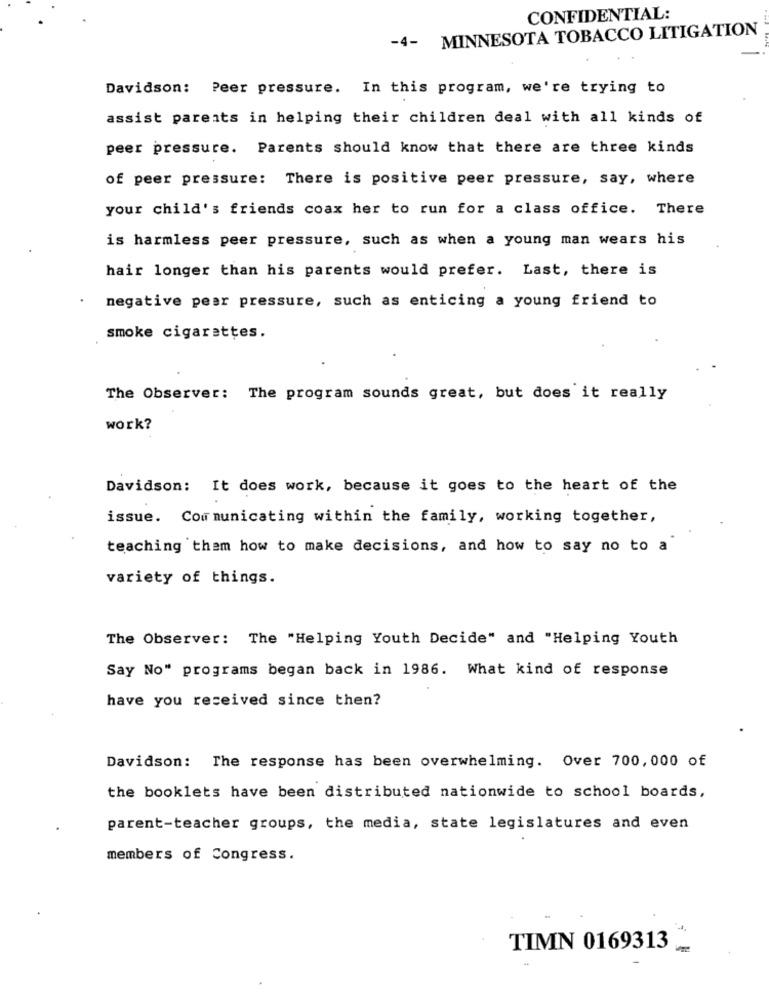
CONFIDENTIAL:
-4- MINNESOTA TOBACCO LITIGATION
Davidson: Peer pressure. In this program, we're trying to
assist parents in helping their children deal with all kinds of
peer pressure. Parents should know that there are three kinds
of peer pressure: There is positive peer pressure, say, where
your child's friends coax her to run for a class office. There
is harmless peer pressure, such as when a young man wears his
hair longer than his parents would prefer. Last, there is
negative peer pressure, such as enticing a young friend to
smoke cigarettes.
The Observer: The program sounds great, but does it really
work?
Davidson: It does work, because it goes to the heart of the
issue. Communicating within the family, working together,
teaching them how to make decisions, and how to say no to a
variety of things.
The Observer: The "Helping Youth Decide" and "Helping Youth
Say No" programs began back in 1986. What kind of response
have you received since then?
Davidson: The response has been overwhelming. Over 700,000 of
the booklets have been distributed nationwide to school boards,
parent-teacher groups, the media, state legislatures and even
members of Congress.
TIMN 0169313
-